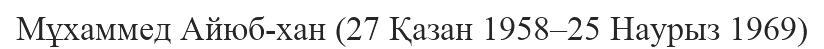
Мұхаммед Айюб-хан (27 Қазан 1958–25 Наурыз 1969)